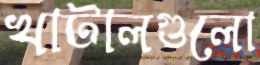
খাটালগুলো